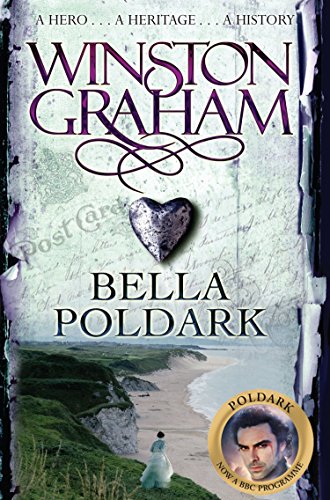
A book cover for Bella Poldark; Winston Graham; Literature & Fiction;